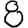
Digit: 8